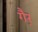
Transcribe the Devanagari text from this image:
गै़र